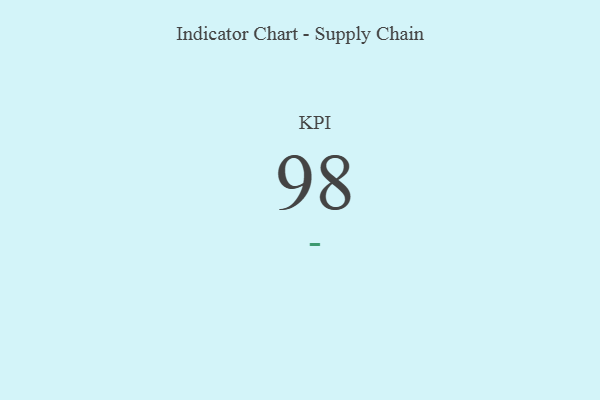
{"axis": {"x": "KPI", "y": "Value"}, "legend": [""], "data": [{"x": "KPI", "y": 98, "type": ""}]}